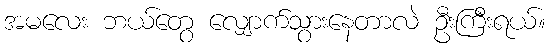
အမလေး ဘယ်တွေ လျှောက်သွားနေတာလဲ ဦးကြီးရယ်။